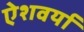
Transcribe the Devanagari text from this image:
ऐशवर्या